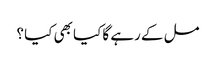
مل کے رہے گا کیا بھی کیا ؟